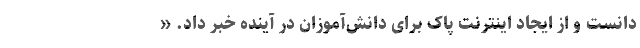
دانست و از ایجاد اینترنت پاک برای دانش‌آموزان در آینده خبر داد. «